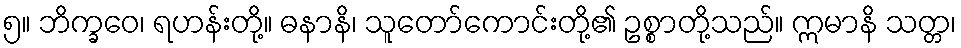
၅။ ဘိက္ခဝေ၊ ရဟန်းတို့။ ဓနာနိ၊ သူတော်ကောင်းတို့၏ ဥစ္စာတို့သည်။ ဣမာနိ သတ္တ၊